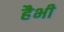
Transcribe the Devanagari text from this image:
हैभी